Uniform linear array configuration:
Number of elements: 8
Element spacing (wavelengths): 0.25
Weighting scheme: binomial
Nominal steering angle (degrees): -45
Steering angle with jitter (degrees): -44.318
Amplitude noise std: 0.05
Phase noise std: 0.05

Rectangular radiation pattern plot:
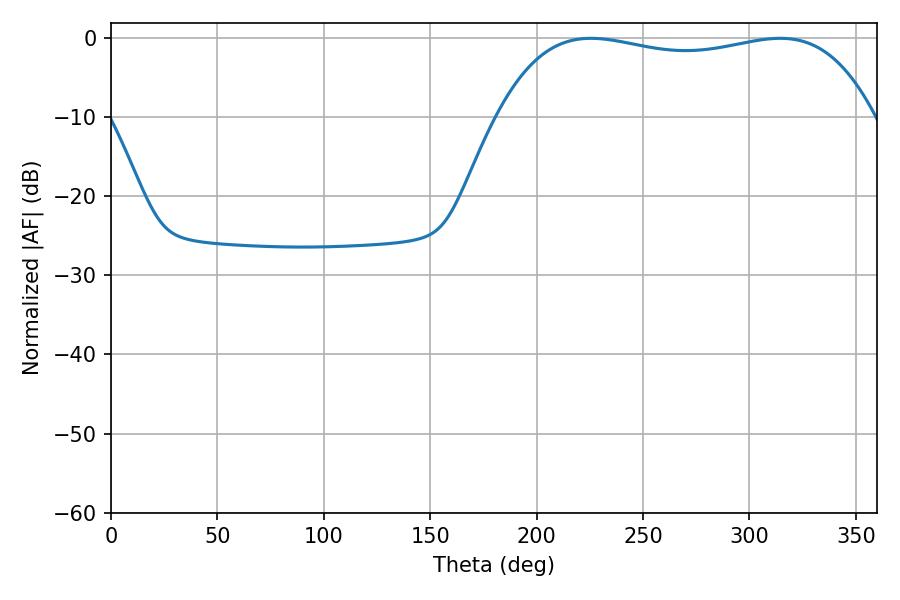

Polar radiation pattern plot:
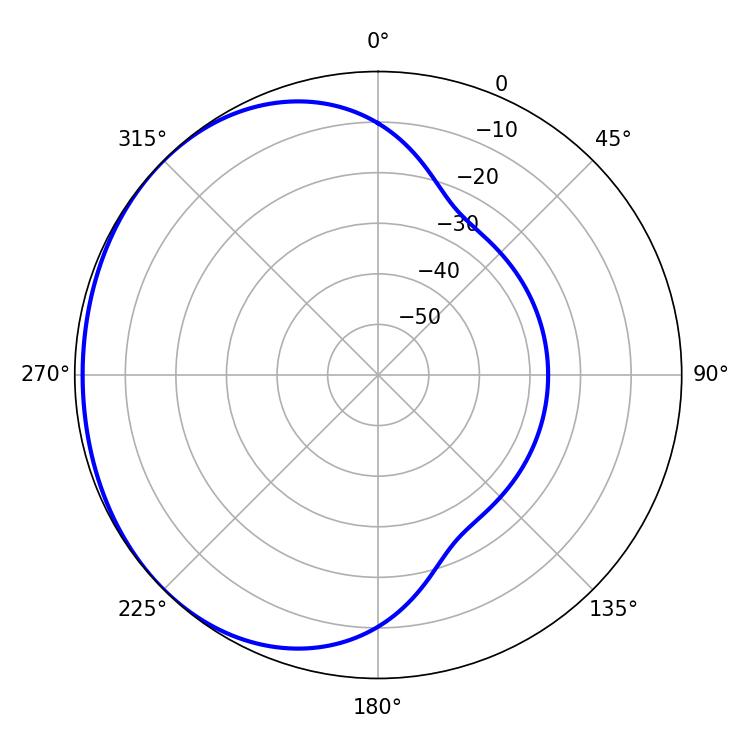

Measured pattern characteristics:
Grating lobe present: FALSE
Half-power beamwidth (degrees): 142.56
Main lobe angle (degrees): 225.54